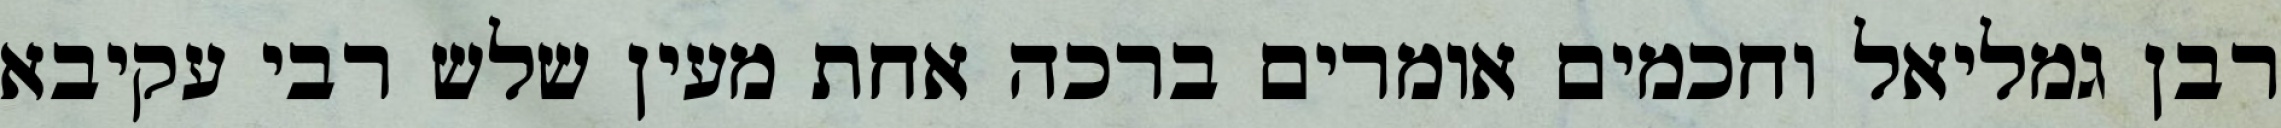
רבן גמליאל וחכמים אומרים ברכה אחת מעין שלש רבי עקיבא